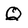
Character: Q